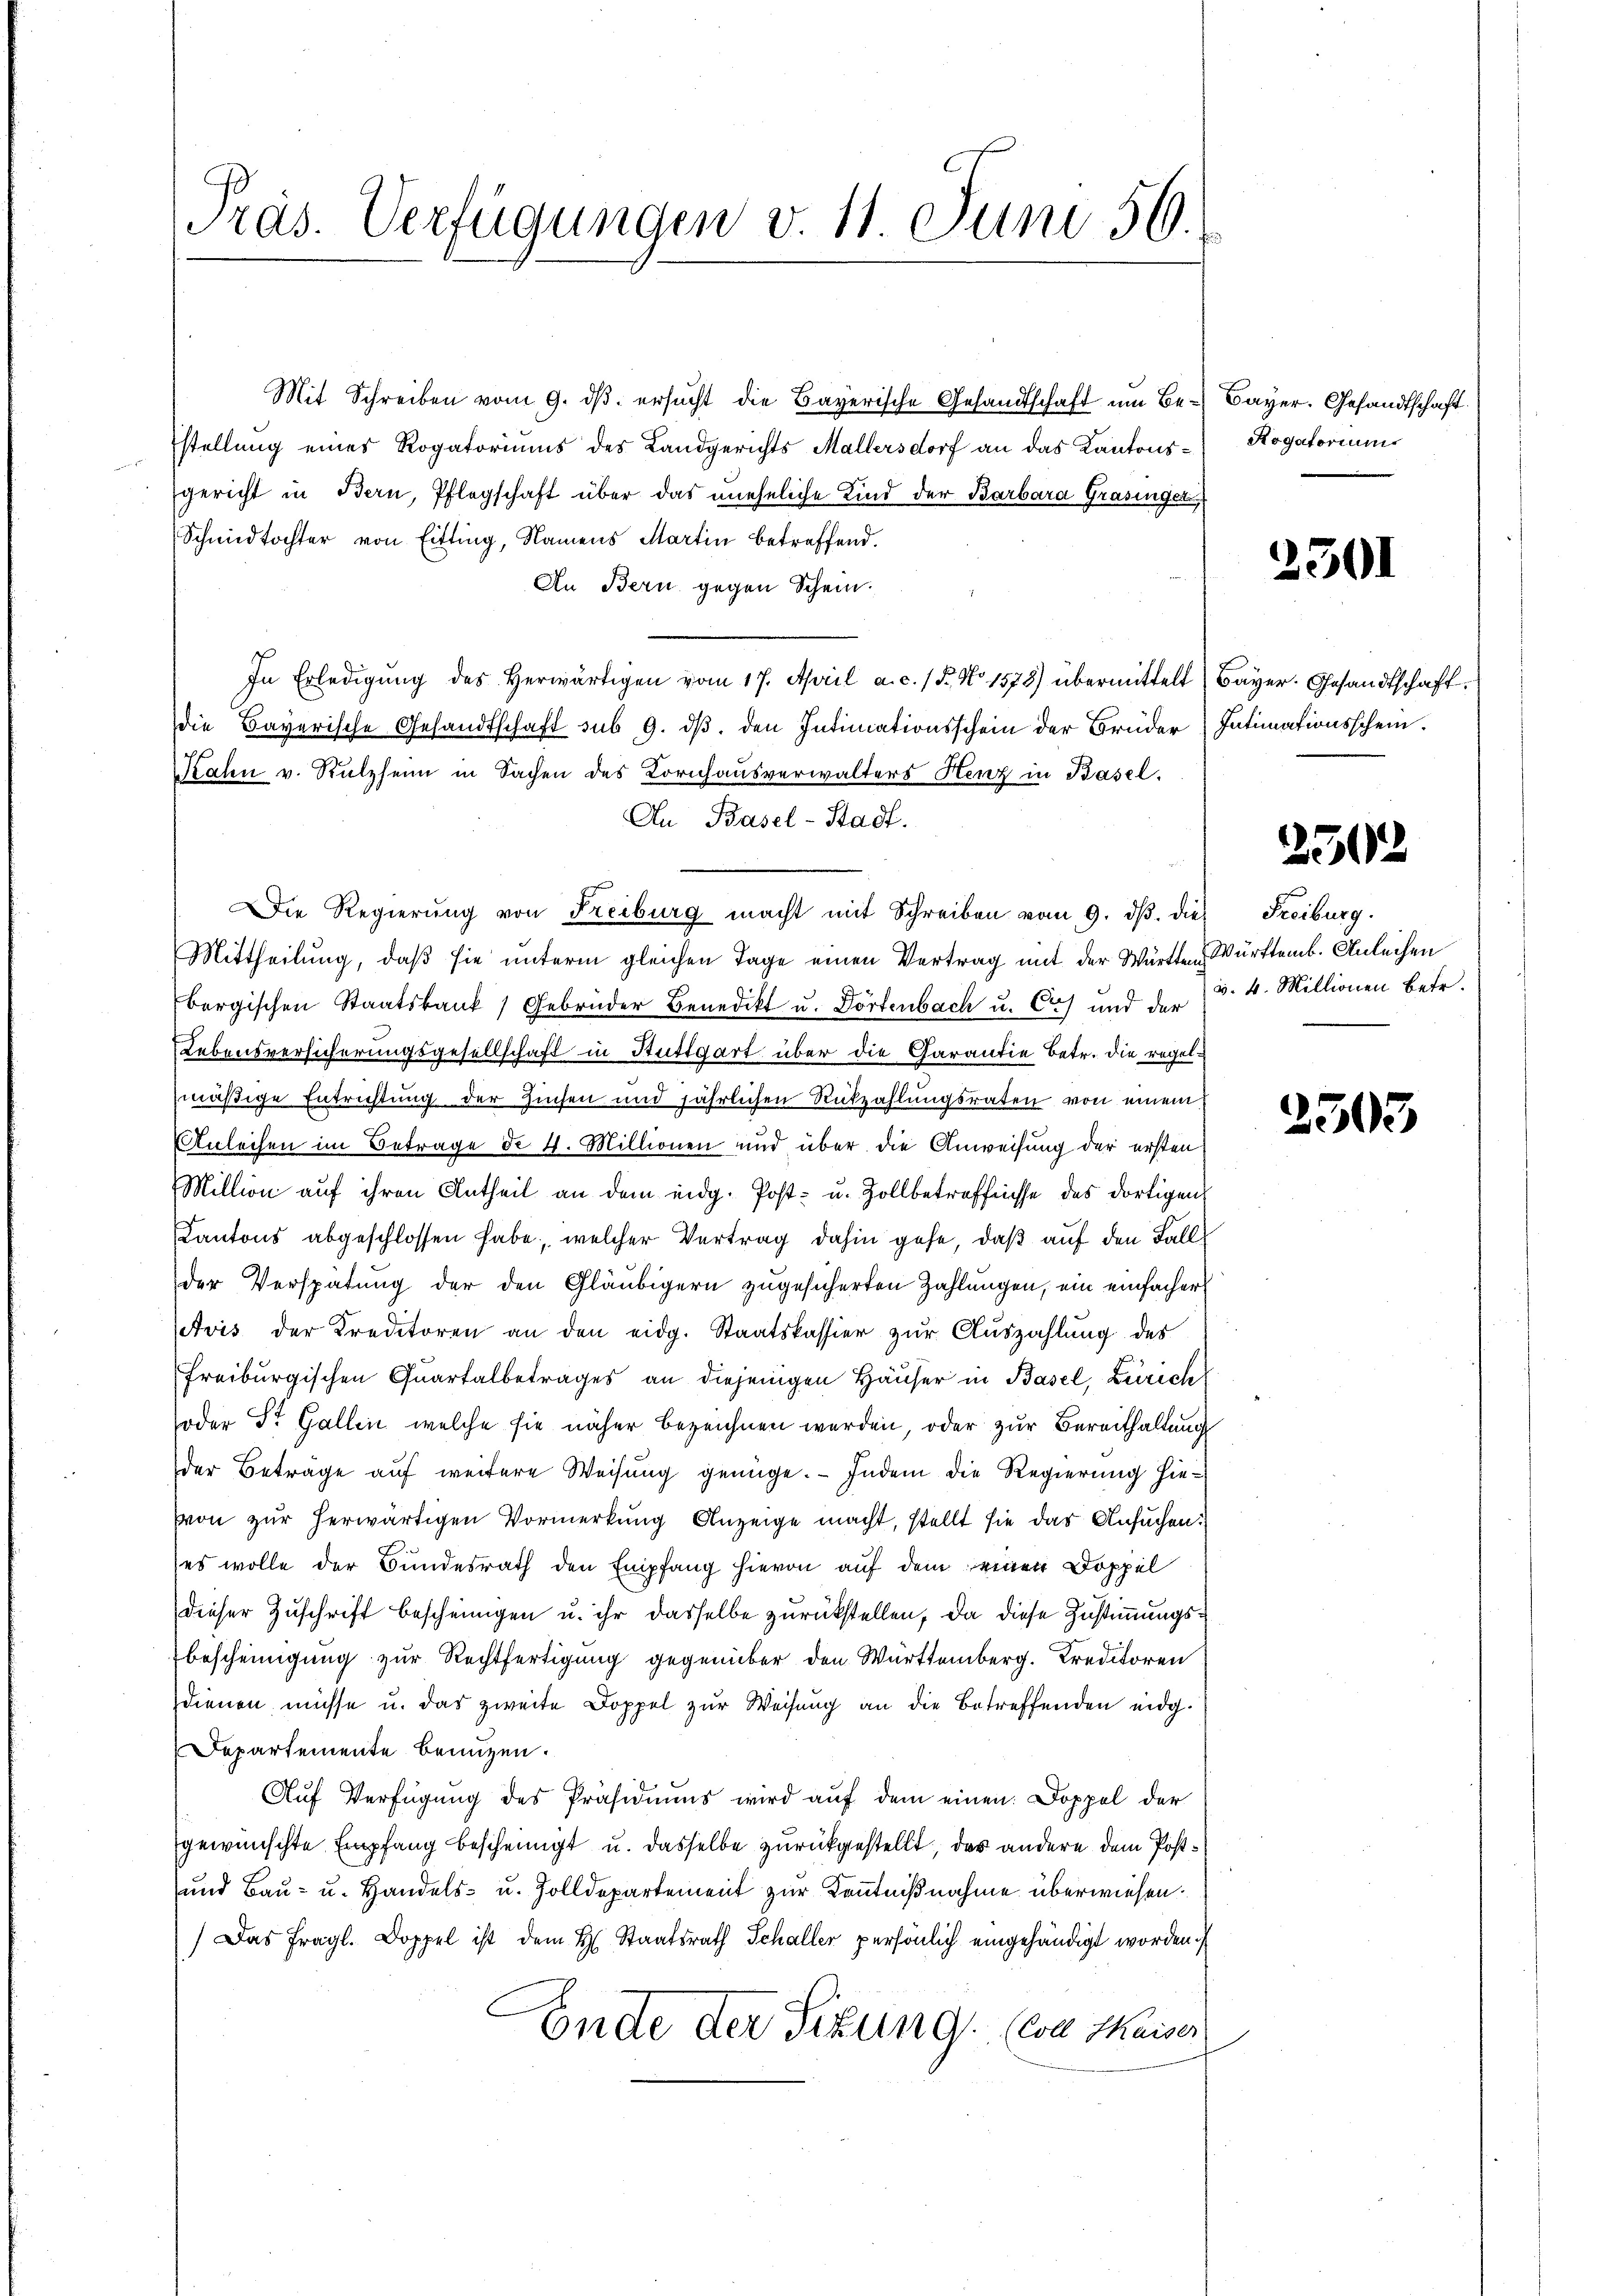
räs. Verfügungen v. 11. Juni 56.

Mit Schreiben vom 9. dβ. ersŭcht die Bayerische Gesandtschaft um Be- Bayer. Gesandtschaft
stellung eines Rogatoriums des Landgerichts Mallersdorf an das Kantonsgericht in Bern, Pflegschaft über das uneheliche Kind der Barbara Grasinger
Schmiedtochter von Fitting, Namens Martin betreffend.
An Bern gegen Schein.
In Erledigŭng des herwärtigen vom 17. April a. c. 15. No 1578) übermittelt (Bayer. Gesandtschaft.
die Bayerische Gesandtschaft sub 9. ds. den Intimationsschein der Brüder Intimationsschein.
Kahn v. Rulzheim in Sachen des Kornhausverwalters Henz in Basel.
An Basel-Stadt.
Die Regierung von Freiburg macht mit Schreiben vom 9. dβ. dies
Mittheilung, daß sie unterm gleichen Tage einen Vertrag mit der Württen Württemb. Anleihen
bergischen Staatsbank ) Gebrüder Benedikt u. Dörtenbach u. Cis und der 3. 4. Millionen betr.
Lebensversicherungsgesellschaft in Stuttgart über die Garantie betr. die regelmäßige Entrichtung der Zinsen und jährlichen Rückzahlungsraten von einem
Anleihen im Betrage de 4. Millionen und über die Anweisung der ersten
Million aŭf ihren Antheil an dem eidg. Post- u. Zollbetreffnisse des dortigen
Kantons abgeschlossen habe, welcher Vertrag dahin gehe, daß auf den Fall
der Verspätung der den Gläubigern zugesicherten Zahlungen, ein einfacher
Avis der Kreditoren an den eidg. Staatskassier zur Auszahlung des
freiburgischen Quartalbetrages an diejenigen Häŭser in Basel, Zürich
oder St. Gallin, welche sie näher bezeichnen werden, oder zur Bereithaltung
der Betrage auf weitere Weisung genüge. – Indem die Regierung hievon zur herwärtigen Vormerkung Anzeige macht, stellt sie das Ansuchen.
(es wolle der Bundesrath den Empfang hievon auf dem einen Doppel
dieser Zuschrift bescheinigen u. ihr dasselbe zurückstellen, da diese Zustimmungsbescheinigung zur Rechtfertigung gegenüber den Württemberg. Kreditoren
dienen müsse u. das zweite Doppel zŭr Weisŭng an die betreffenden eidg.
Departemente benuzen.
Aŭf Verfügung des Präsidiums wird aŭf dem einen Doppel der
gewünschte Empfang bescheinigt u. dasselbe zurückgestellt, das andere dem Post¬
und Bau- u. Handels- u. Zolldepartement zur Kenntnißnahme überwiesen.
) Das fragl. Doppel ist dem H. Staatsrath Schaller persönlich eingehändigt worden.
Ende der Situng. (von Waiser

Rogatorium

2301

2302

Freiburg.

2503